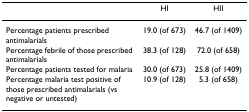
<table><thead><tr><td></td><td><b>HI</b></td><td><b>HII</b></td></tr></thead><tbody><tr><td>Percentage patients prescribed antimalarials</td><td>19.0 (of 673)</td><td>46.7 (of 1409)</td></tr><tr><td>Percentage febrile of those prescribed antimalarials</td><td>38.3 (of 128)</td><td>72.0 (of 658)</td></tr><tr><td>Percentage patients tested for malaria</td><td>30.0 (of 673)</td><td>25.8 (of 1409)</td></tr><tr><td>Percentage malaria test positive of those prescribed antimalarials (vs negative or untested)</td><td>10.9 (of 128)</td><td>5.3 (of 658)</td></tr></tbody></table>